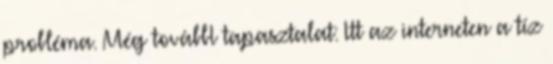
probléma. Még továbbI tapasztalat: Itt az interneten a tíz